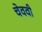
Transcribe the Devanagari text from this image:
चेववी